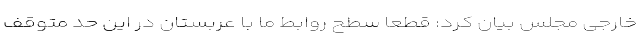
خارجی مجلس بیان کرد: قطعا سطح روابط ما با عربستان در این حد متوقف